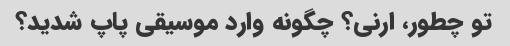
تو چطور، ارنی؟ چگونه وارد موسیقی پاپ شدید؟